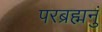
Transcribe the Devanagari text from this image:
परब्रह्मनुं